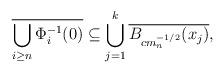
LaTeX: \begin{align*}\overline{\bigcup_{i\geq n}\Phi_i^{-1}(0)} \subseteq \bigcup_{j=1}^k \overline{B_{c m_n^{-1/2}}(x_j)},\end{align*}